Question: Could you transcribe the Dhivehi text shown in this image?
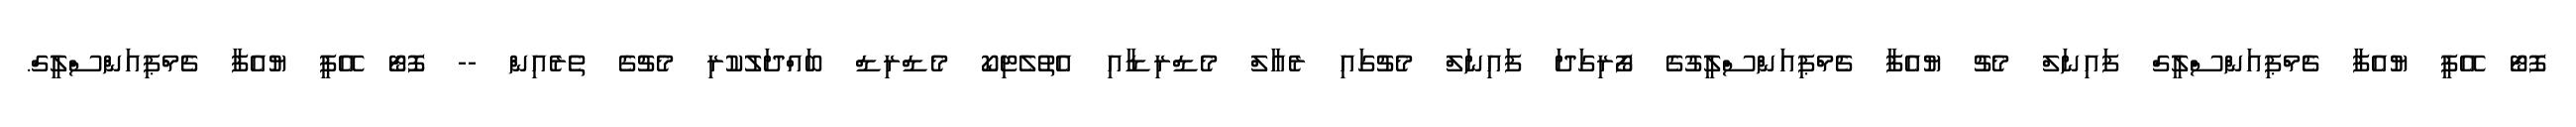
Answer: ފޮޓޯ އޭޕީ ޔުއެފާ ޗެމްޕިއަންސްލީގް ފައިނަލް މެޗު ޔުއެފާ ޗެމްޕިއަންސްލީގުގެ ފޯރިގަދަ ފައިނަލް މެޗުގައި ރެއާލް މެޑްރިޑާއި އެތުލެޓިކޯ މެޑްރިޑް ބައްދަލުކުރި މެޗުގެ ތެރެއިން -- ފޮޓޯ އޭޕީ ޔުއެފާ ޗެމްޕިއަންސްލީގް.